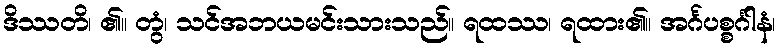
ဒိဿတိ၊ ၏။ တွံ၊ သင်အဘယမင်းသားသည်။ ရထဿ၊ ရထား၏။ အင်္ဂပစ္စင်္ဂါနံ၊